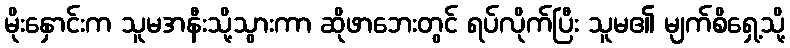
မိုးနှောင်းက သူမအနီးသို့သွားကာ ဆိုဖာဘေးတွင် ရပ်လိုက်ပြီး သူမ၏ မျက်စိရှေ့သို့